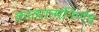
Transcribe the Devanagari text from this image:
काव्यात्मनिर्णय